Mental hospitals Bombay report 1929-33 - 1929-1933
Year: 1929
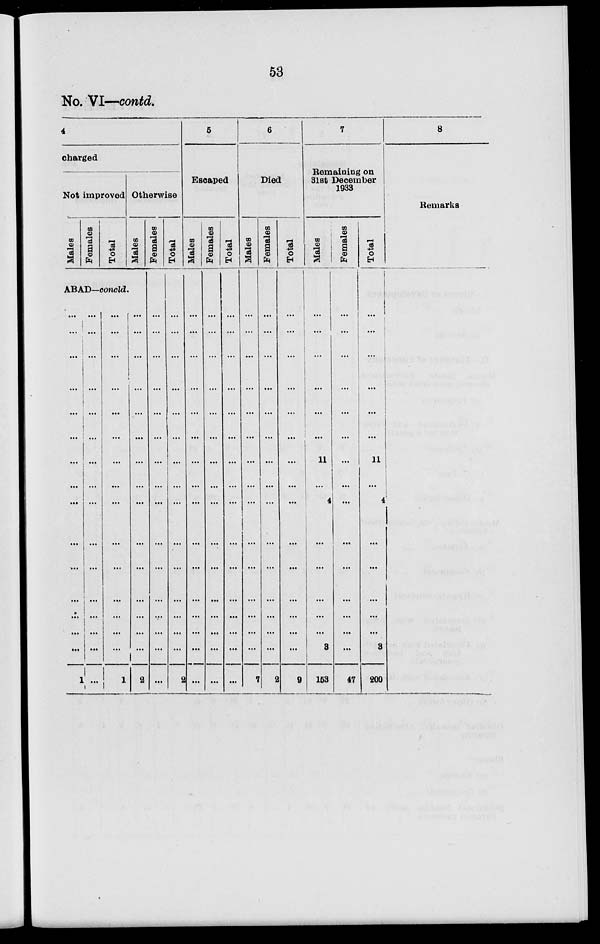
53
No. VI—contd.
4
charged
Not improved
Males
Females
Total
ABAD—concld.
...
...
...
...
...
...
...
...
...
...
...
...
...
...
1
...
...
...
...
...
...
...
...
...
...
...
...
...
...
...
...
...
...
...
...
...
...
...
...
...
...
...
...
...
1
Otherwise
Males
...
...
...
...
...
...
...
...
...
...
...
...
...
...
2
Females
...
...
...
...
...
...
...
...
...
...
...
...
...
...
...
Total
...
...
...
...
...
...
...
...
...
...
...
...
...
...
2
5
Escaped
Males
...
...
...
...
...
...
...
...
...
...
...
...
...
...
...
Females
...
...
...
...
...
...
...
...
...
...
...
...
...
...
...
Total
...
...
...
...
...
...
...
...
...
...
...
...
...
...
...
6
Died
Males
...
...
...
...
...
...
...
...
...
...
...
...
...
...
7
Females
...
...
...
...
...
...
...
...
...
...
...
...
...
...
2
Total
...
...
...
...
...
...
...
...
...
...
...
...
...
...
9
7
Remaining on
31st December
1933
Males
...
...
...
...
...
...
11
...
4
...
...
...
...
3
153
Females
...
...
...
...
...
...
...
...
...
...
...
...
...
...
47
Total
...
...
...
...
...
...
11
...
4
...
...
...
...
3
200
8
Remarks